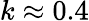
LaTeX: k\approx 0.4